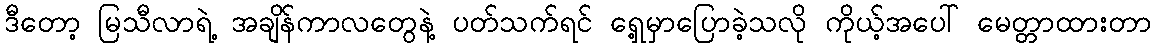
ဒီတော့ မြသီလာရဲ့ အချိန်ကာလတွေနဲ့ ပတ်သက်ရင် ရှေ့မှာပြောခဲ့သလို ကိုယ့်အပေါ် မေတ္တာထားတာ